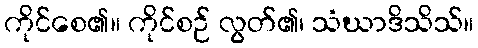
ကိုင်စေ၏။ ကိုင်စဉ် လွတ်၏၊ သံဃာဒိသိသ်။